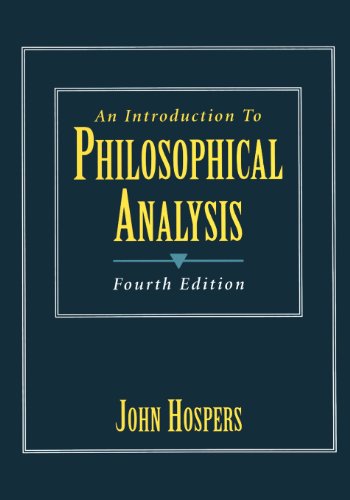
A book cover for An Introduction to Philosophical Analysis (4th Edition); John Hospers; Politics & Social Sciences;